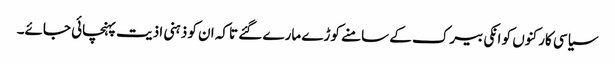
سیاسی کارکنوں کو انکی بیرک کے سامنے کوڑے مارے گئے تاکہ ان کو ذہنی اذیت پہنچائی جائے۔